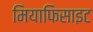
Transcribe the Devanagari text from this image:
मियाफिसाइट